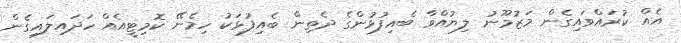
އެއް ކުރައްވައިގެން މަޒުމޫނު ލިޔުއްވާ ބެއިފުޅުންގެ ދެތިން ބެއިފުޅަކު ހިމެނޭ ކޮމިޓީއެއް ހަދައިލައިގެން